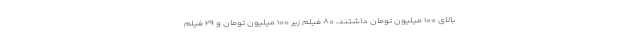
بالای ۱۰۰ میلیون تومان داشتند، ۸۰ فیلم زیر ۱۰۰ میلیون تومان و ۲۹ فیلم